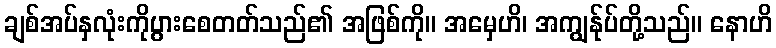
ချစ်အပ်နှလုံးကိုပွားစေတတ်သည်၏ အဖြစ်ကို။ အမှေဟိ၊ အကျွန်ုပ်တို့သည်။ နောဟိ